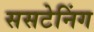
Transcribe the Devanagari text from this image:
ससटेनिंग